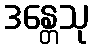
ဒန္တေသု